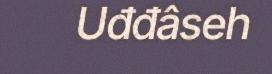
Uđđâseh